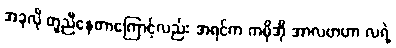
အခုလို တူညီနေတာကြောင့်လည်း အရင်က ကမိုအို အာလဗာဟာ လရဲ့